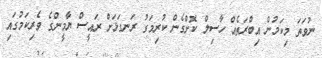
ނުވަތަ މިކަމުން އިބްރަތެއް ހާސިލް ކޮށްގެން ކުރިމަގު ރަނގަޅަށް ރައީސް ޔާމީންގެ ވެރިކަމުގައި